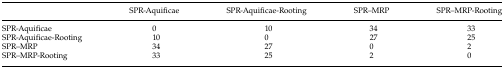
<table><thead><tr><td></td><td><b>SPR-Aquificae</b></td><td><b>SPR-Aquificae-Rooting</b></td><td><b>SPR–MRP</b></td><td><b>SPR–MRP-Rooting</b></td></tr></thead><tbody><tr><td>SPR-Aquificae</td><td>0</td><td>10</td><td>34</td><td>33</td></tr><tr><td>SPR-Aquificae-Rooting</td><td>10</td><td>0</td><td>27</td><td>25</td></tr><tr><td>SPR–MRP</td><td>34</td><td>27</td><td>0</td><td>2</td></tr><tr><td>SPR–MRP-Rooting</td><td>33</td><td>25</td><td>2</td><td>0</td></tr></tbody></table>